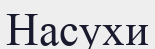
Насухи